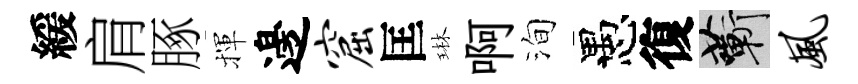
緩肩䐁揮邊窟匡琳啊洵愚復蔪风